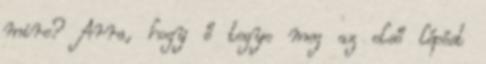
mire? Arra, hogy ő tegye meg az első lépést